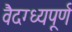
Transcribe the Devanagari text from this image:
वैदग्ध्यपूर्ण